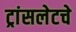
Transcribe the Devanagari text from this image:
ट्रांसलेटचे